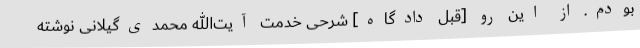
بودم. از این رو [قبل دادگاه] شرحی خدمت آیت‌الله محمدی‌گیلانی نوشته